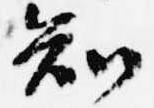
知